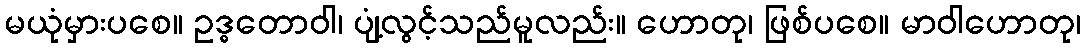
မယုံမှားပစေ။ ဥဒ္ဓတောဝါ၊ ပျံ့လွင့်သည်မူလည်း။ ဟောတု၊ ဖြစ်ပစေ။ မာဝါဟောတု၊